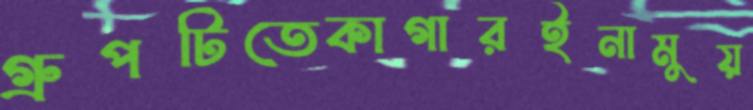
গ্রুপটিতেকাগারইনামুয়